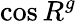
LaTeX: \cos R^{g}